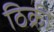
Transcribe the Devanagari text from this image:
ठिक्री